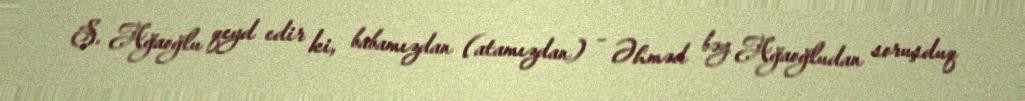
S. Ağaoğlu qeyd edir ki, babamızdan (atamızdan) – Əhməd bəy Ağaoğludan soruşduq